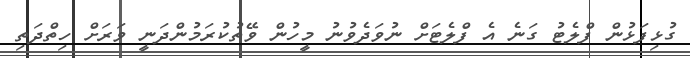
ގުޅިފަޅުން ފްލެޓު ގަނެ އެ ފްލެޓަށް ނުވަދެވުނު މީހުން ވޭތުކުރަމުންދަނީ ވަރަށް ހިތްދަތި